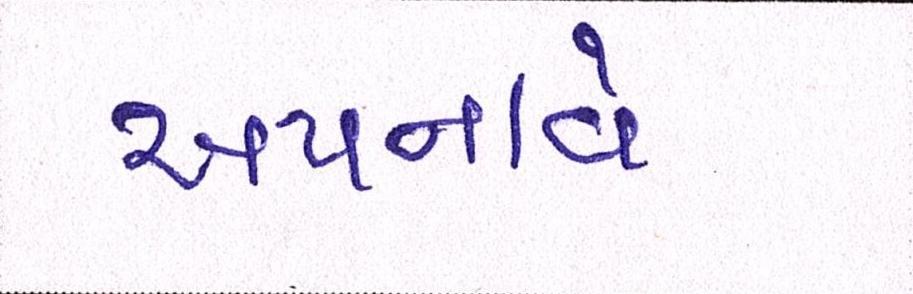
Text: અપનાવે